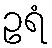
ဥရံ